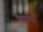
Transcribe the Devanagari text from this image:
चबाया।